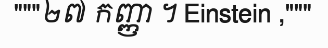
"""២៧ កញ្ញា ។ Einstein ,"""